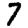
Digit: 7